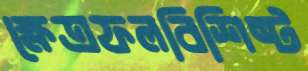
ক্ষেত্রফলবিশিষ্ট